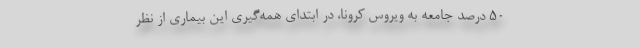
۵۰ درصد جامعه به ویروس کرونا، در ابتدای همه‌گیری این بیماری از نظر